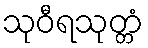
သုဝီရသုတ္တံ